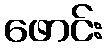
ဖောင်း